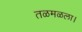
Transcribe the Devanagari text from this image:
तळमळला।